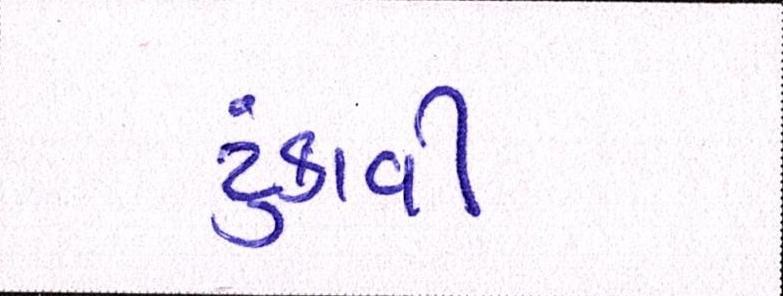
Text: ટુંકાવી